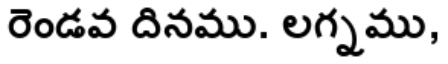
రెండవ దినము. లగ్నము,